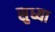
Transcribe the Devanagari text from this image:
सुध्या